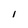
Character: I